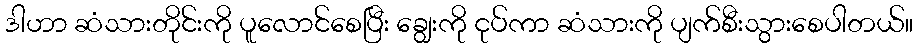
ဒါဟာ ဆံသားတိုင်းကို ပူလောင်စေပြီး ချွေးကို ငုပ်ကာ ဆံသားကို ပျက်စီးသွားစေပါတယ်။